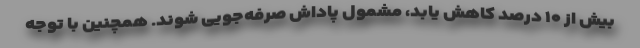
بیش از ۱۰ درصد کاهش یابد، مشمول پاداش صرفه‌جویی شوند. همچنین با توجه